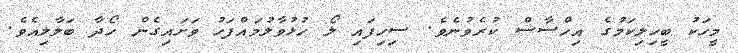
މީހަކު ބީހިލިކަމުގެ އިހްސާސް ކުރެވުނެވެ. ސިހިފައި ލޯ ހުޅުވާލުމައްފަހު ވަށައިގެން ހޯދާ ބަލާލިއެވެ.